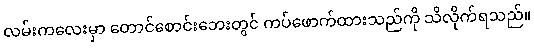
လမ်းကလေးမှာ တောင်စောင်းဘေးတွင် ကပ်ဖောက်ထားသည်ကို သိလိုက်ရသည်။